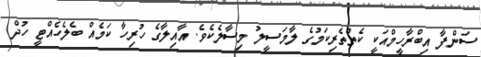
ސަންފާ އިބްރާހީމްއަކީ ކެތްތެރިކަމުގެ ލާމަސީލު މިސާލެކެވެ. އާއިލާގެ ހުރިހާ ކަމެއް ބެލެހެއްޓީ ހުދް